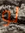
لو